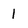
Character: l